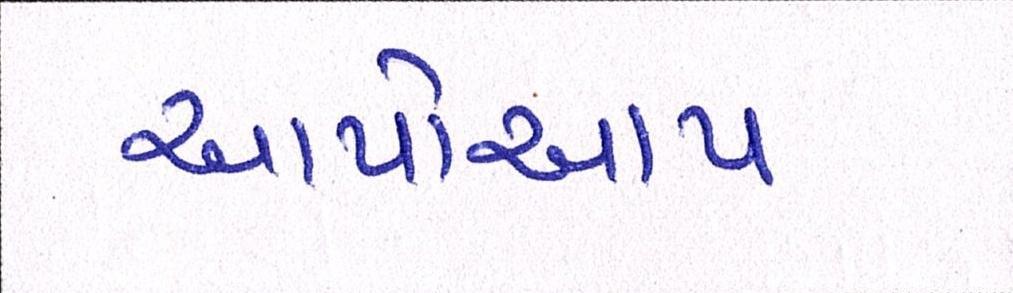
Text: આપોઆપ